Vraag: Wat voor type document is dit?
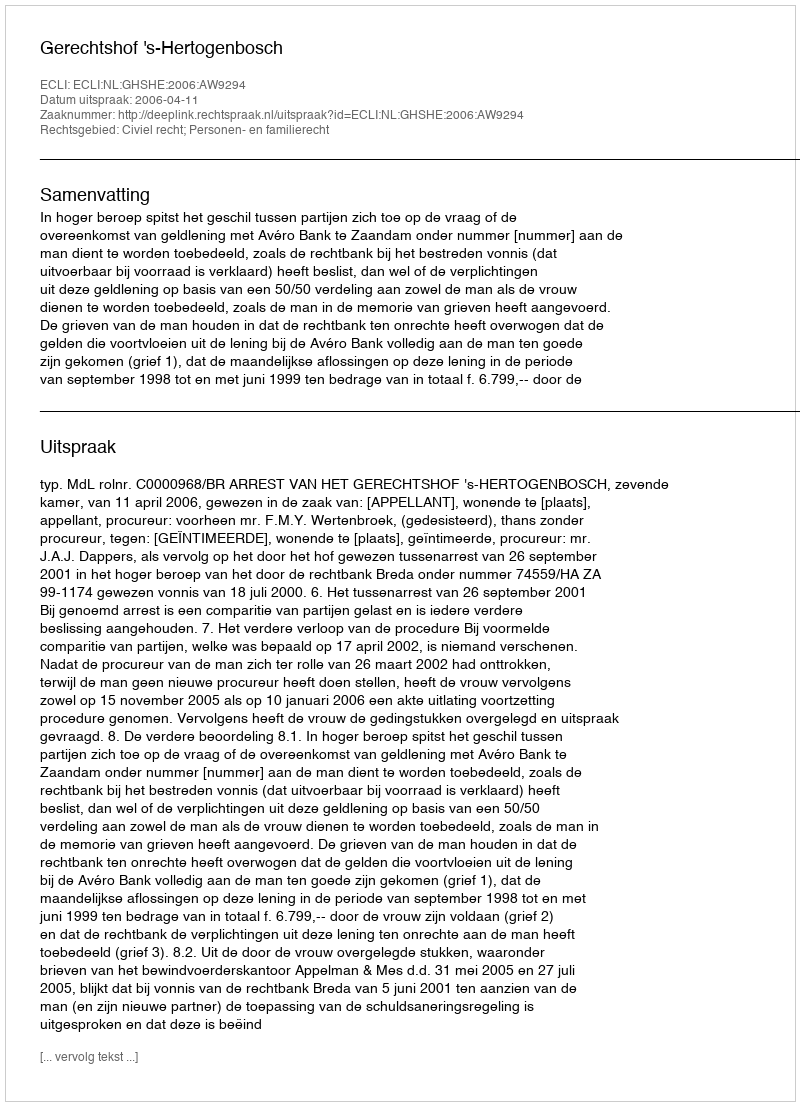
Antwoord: Uitspraak